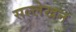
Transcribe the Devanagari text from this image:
सल्लेखन